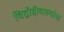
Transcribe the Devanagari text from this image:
विद्रोहीवाल्यांना